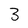
Character: 3